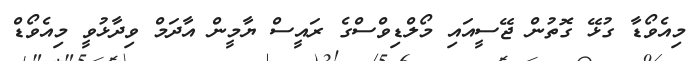
މިއެވޯޑާ ގުޅޭ ގޮތުން ޖޭސީއައި މޯލްޑިވްސްގެ ރައީސް ޔާމީން އާދަމް ވިދާޅުވީ މިއެވޯޑް